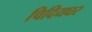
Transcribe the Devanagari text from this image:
चिदियघर